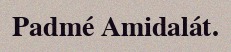
Padmé Amidalát.